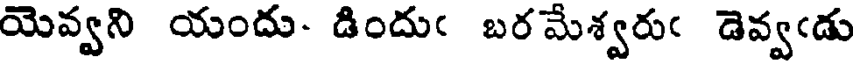
యెవ్వని యందు- డిందుఁ బరమేశ్వరుఁ డెవ్వఁడు